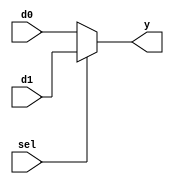
module mux2 #(parameter WIDTH = 36) (
  input [WIDTH-1:0] d0, d1,
  input sel,
  output [WIDTH-1:0] y
);

  assign y = sel ? d1 : d0;
  
endmodule